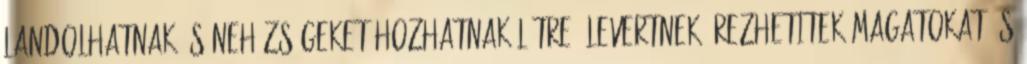
landolhatnak és nehézségeket hozhatnak létre. Levertnek érezhetitek magatokat és